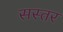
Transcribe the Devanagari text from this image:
सस्तर